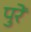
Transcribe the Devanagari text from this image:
पुरें